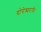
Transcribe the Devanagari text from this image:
योगेश्र्वराचे।